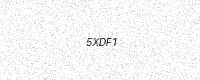
Text: 5XDF1